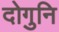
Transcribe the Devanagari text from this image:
दोगुनि